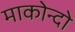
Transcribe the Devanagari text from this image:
माकोन्दो